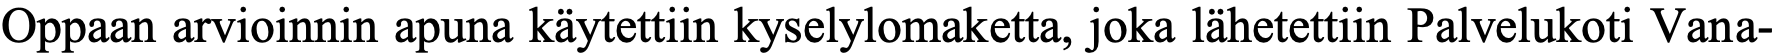
Oppaan arvioinnin apuna käytettiin kyselylomaketta, joka lähetettiin Palvelukoti Vana-